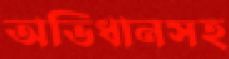
অভিধানসহ